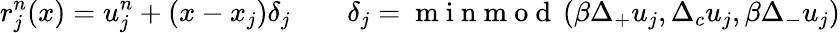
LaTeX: r_{j}^{n}(x)=u_{j}^{n}+(x-x_{j})\delta_{j}\qquad\delta_{j}=\mathrm{~m~i~n~m~o~d~}\left(\beta\Delta_{+}u_{j},\Delta_{c}u_{j},\beta\Delta_{-}u_{j}\right)